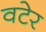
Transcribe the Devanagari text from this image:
वटेर